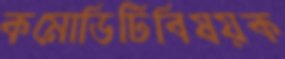
কমোডিটিবিষয়ক